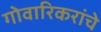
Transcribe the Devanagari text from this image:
गोवारिकरांचे